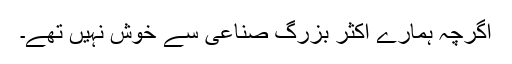
اگرچہ ہمارے اکثر بزرگ صناعی سے خوش نہیں تھے۔